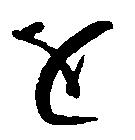
を